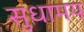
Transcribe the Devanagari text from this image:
सुधामय